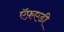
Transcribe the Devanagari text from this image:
ऍफ़एडी